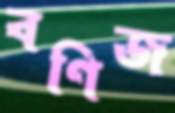
বণিজ